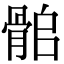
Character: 𩨽